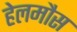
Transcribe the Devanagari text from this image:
हेलमौस